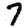
Digit: 7